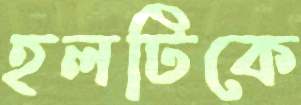
হলটিকে